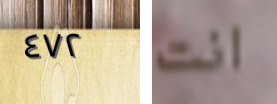
٤٧٢ انت